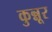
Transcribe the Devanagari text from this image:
कुन्नूर